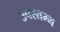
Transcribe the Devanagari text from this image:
उपस्तम्भ